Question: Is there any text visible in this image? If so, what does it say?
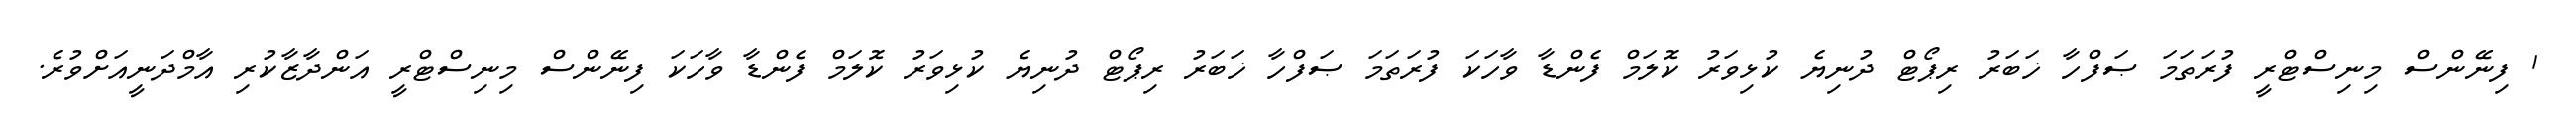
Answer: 1 ފިނޭންސް މިނިސްޓްރީ ފުރަތަމަ ޞަފްހާ ޚަބަރު ރިޕޯޓް ދުނިޔެ ކުޅިވަރު ކޮލަމް ފެންޑާ ވާހަކަ ފުރަތަމަ ޞަފްހާ ޚަބަރު ރިޕޯޓް ދުނިޔެ ކުޅިވަރު ކޮލަމް ފެންޑާ ވާހަކަ ފިނޭންސް މިނިސްޓްރީ އަންދާޒާކުރި އާމްދަނީއަށްވުރެ.